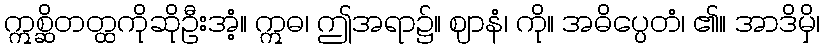
ဣစ္ဆိတတ္ထကိုဆိုဦးအံ့။ ဣဓ၊ ဤအရာ၌။ ဈာနံ၊ ကို။ အဓိပ္ပေတံ၊ ၏။ အာဒိမှိ၊